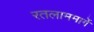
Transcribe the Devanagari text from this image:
रतलाममार्गे